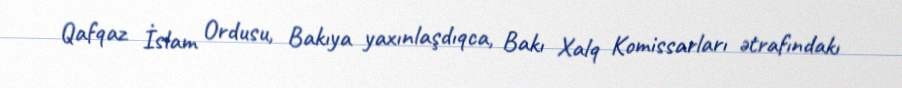
Qafqaz İslam Ordusu, Bakıya yaxınlaşdıqca, Bakı Xalq Komissarları ətrafındakı